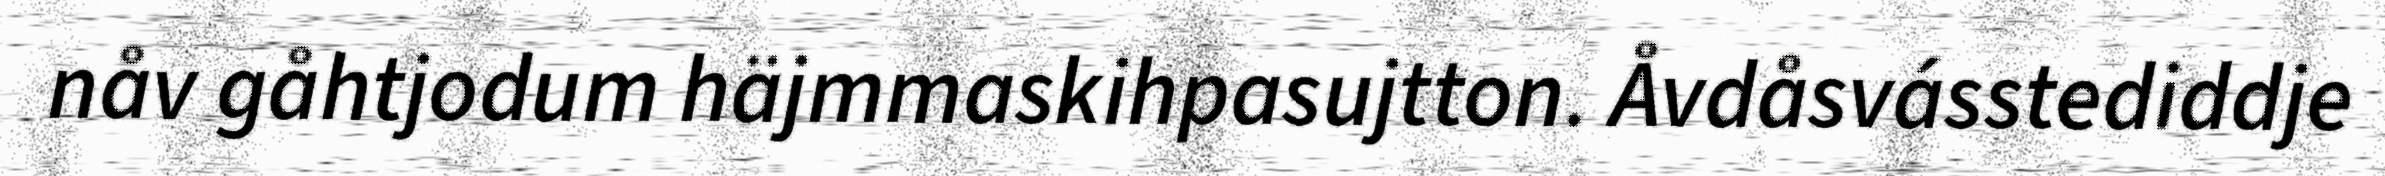
nåv gåhtjodum häjmmaskihpasujtton. Åvdåsvásstediddje